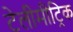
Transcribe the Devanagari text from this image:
टेलीमीट्रिक